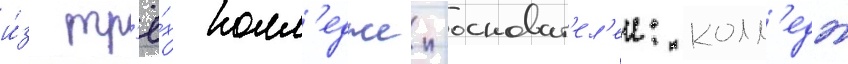
и́з тр'ё́х колл'еджеи-основат'ел'еи: колл'едж